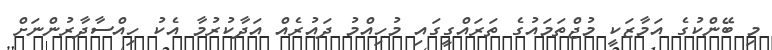
މި ބޭންކުގެ އަމާޒަކީ މުޖްތަމައުގެ ތަރައްގީގައި މުހިއްމު ދައުރެއް އަދާކުރުމާ އެކު ހިއްސާދާރުންނަށް